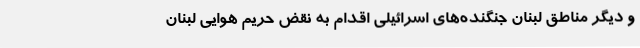
و دیگر مناطق لبنان جنگنده‌های اسرائیلی اقدام به نقض حریم هوایی لبنان